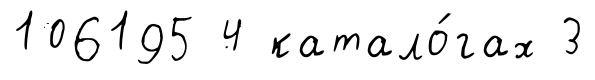
106195 4 катало́гах 3